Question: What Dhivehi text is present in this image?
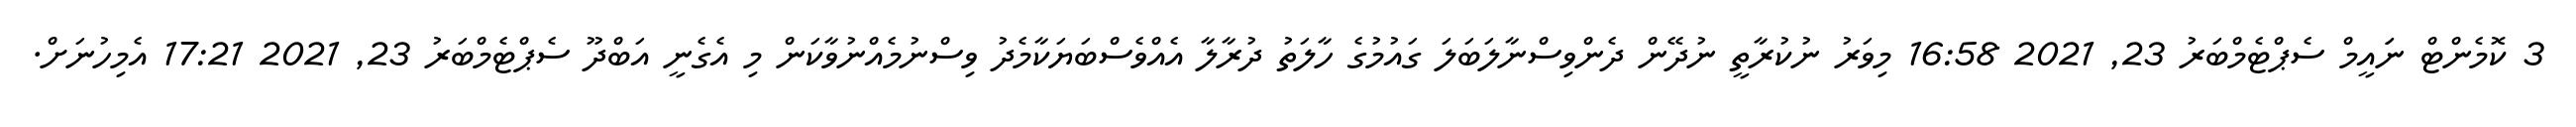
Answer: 3 ކޮމެންޓް ނަައީމް ސެޕްޓެމްބަރު 23, 2021 16:58 މިވަރު ނުކުރާތީ ނުދޭން ދެންވިސްނާލަބަލަ ގައުމުގެ ހާލަތު ދުރާލާ އެއްވެސްބަޔަކާމެދު ވިސްނުމެއްނުވާކަން މި އެގެނީ އަބްދޫ ސެޕްޓެމްބަރު 23, 2021 17:21 އެމިހުނަށް.